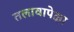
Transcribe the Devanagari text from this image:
तलावापेक्षा